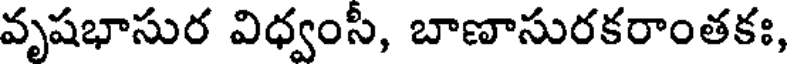
వృషభాసుర విధ్వంసీ, బాణాసురకరాంతకః,